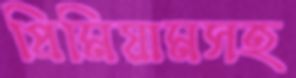
প্রিমিয়ামসহ